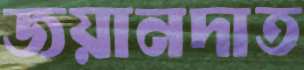
জয়ানদাত